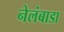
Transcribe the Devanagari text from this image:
नेलंबाडा